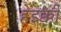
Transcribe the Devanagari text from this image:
हेइक्की